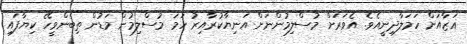
ޣަޒާއަށް ހަމަލާދިނީއެވެ. އެވަރަށް މުސްލިމުންނަށް އަނިޔާކުރާއިރު ހަމަ މުސްލިމުން މަޑުން ތިބެންވީހޭ ކިޔާފައި